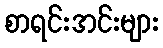
စာရင်းအင်းများ